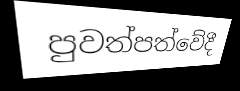
පුවත්පත්වේදී